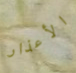
الأعذار